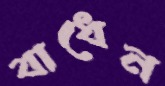
বাধেন